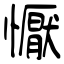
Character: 懨